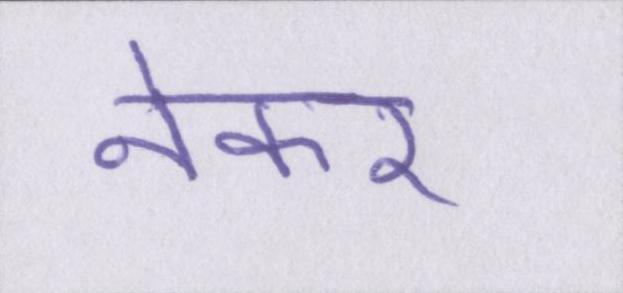
नेकर